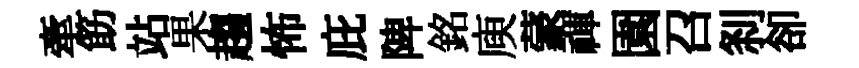
牽筯站果趨怖庇陴銘庾蒙禈園召𠛴卻